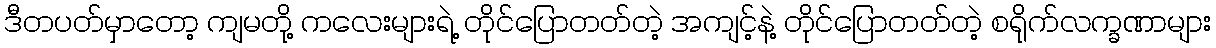
ဒီတပတ်မှာတော့ ကျမတို့ ကလေးများရဲ့ တိုင်ပြောတတ်တဲ့ အကျင့်နဲ့ တိုင်ပြောတတ်တဲ့ စရိုက်လက္ခဏာများ